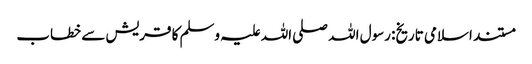
مستند اسلامی تاریخ: رسول اللہ صلی اللہ علیہ وسلم کا قریش سے خطاب